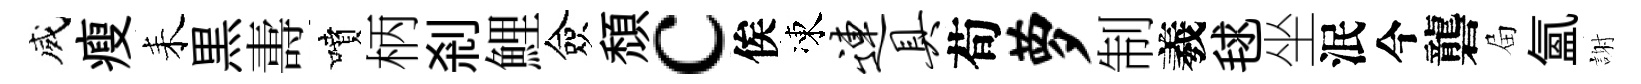
威瘦耒黒夀噴柄剎鯉僉頹c俟凍连具荀萝制羲毬坐泯今礱屇氳謝